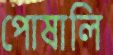
পোষালি